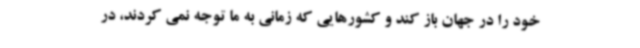
خود را در جهان باز کند و کشورهایی که زمانی به ما توجه نمی کردند، در